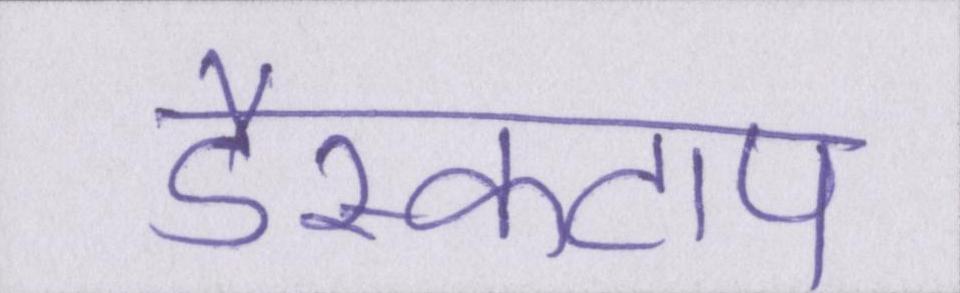
डैस्कटाप